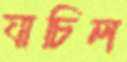
যাচিল